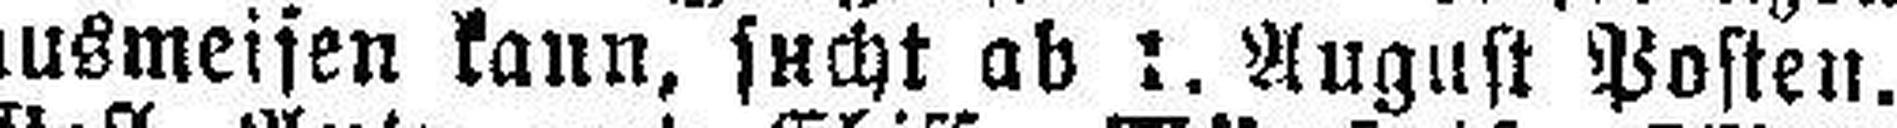
ausmeisen kann, sucht ab :. August Posten.